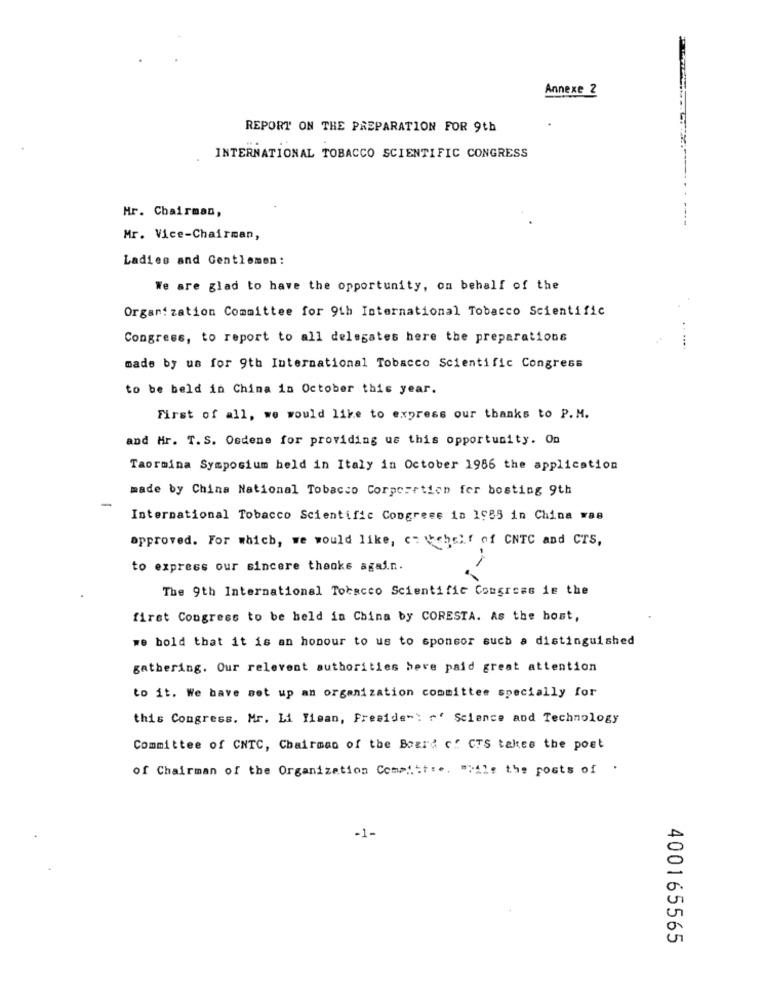
Annexe 2
REPORT ON THE PREPARATION FOR 9th
INTERNATIONAL TOBACCO SCIENTIFIC CONGRESS
Hr. Chairman,
Mr. Vice-Chairman,
Ladies and Gentlemen :
We are glad to have the opportunity, on behalf of the
Organization Committee for 9th International Tobacco Scientific
Congress, to report to all delegates here the preparations
made by us for 9th International Tobacco Scientific Congress
to be beld in China in October this year.
First of all, we would like to express our thanks to P.M.
and Mr. T. S. Osdene for providing us this opportunity. On
Taormina Symposium held in Italy in October 1986 the application
made by China National Tobacco Corpcortion for bosting 9th
-
International Tobacco Scientific Congress in 1985 in China was
approved. For which, we would like, c: \cheif of CNTC and CTS,
to express our sincere thanks again.
The 9th International Tobacco Scientific Congress is the
first Congress to be held in China by CORESTA. As the host,
we bold that it is an honour to us to sponsor such a distinguished
gathering. Our relevent authorities bere paid great attention
to it. We have set up an organization committee specially for
this Congress. Mr. Li Ilman, Freside": ~ ' Science and Technology
Committee of CNTC, Chairman of the Board of CTS takes the post
of Chairman of the Organization Committ :.. ">il: the posts of .
-1-
400165565